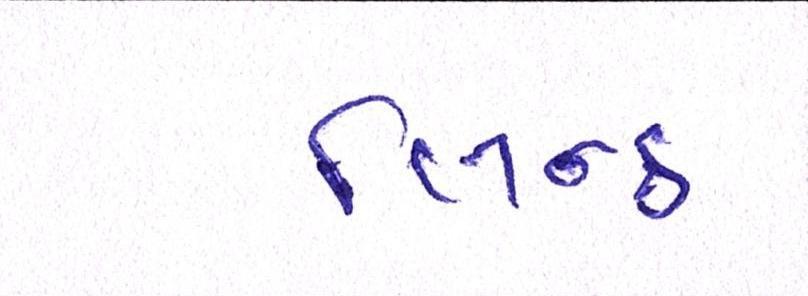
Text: લિન્ક